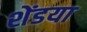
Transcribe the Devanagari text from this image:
शेंडया